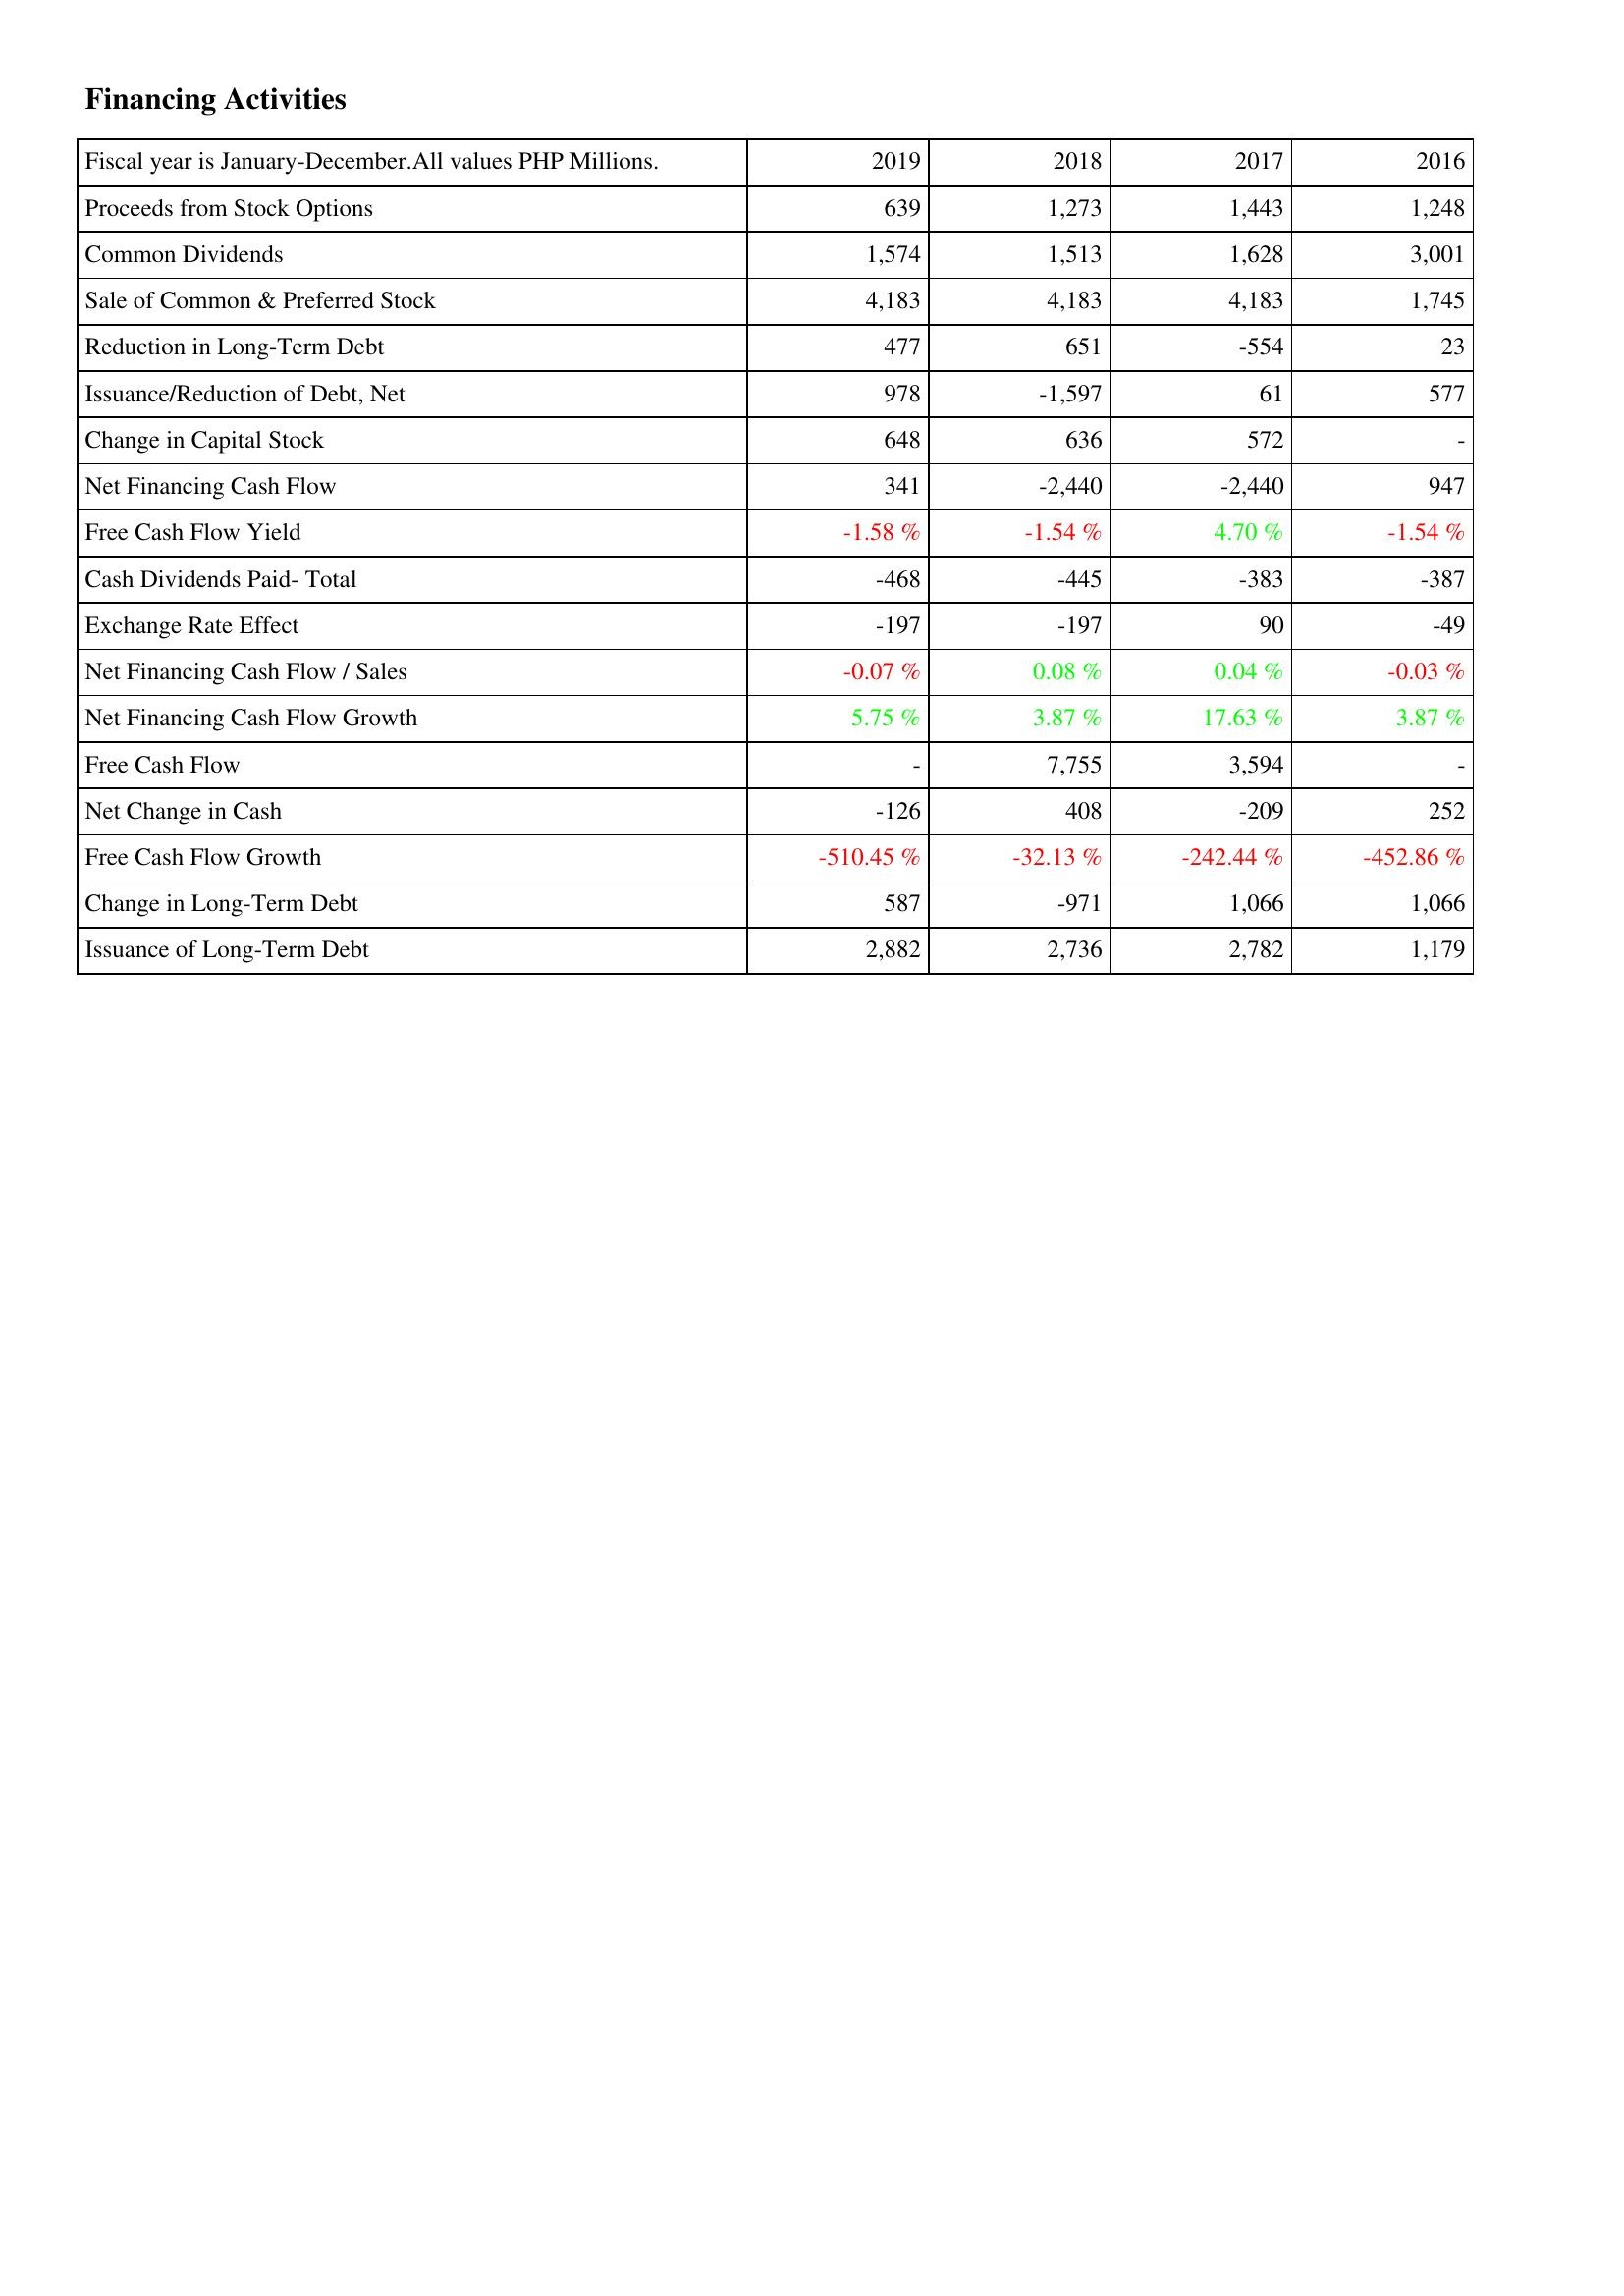
2019: Financing Activities: Proceeds from Stock Options: 639
Common Dividends: 1,574
Sale of Common & Preferred Stock: 4,183
Reduction in Long-Term Debt: 477
Issuance/Reduction of Debt, Net: 978
Change in Capital Stock: 648
Net Financing Cash Flow: 341
Free Cash Flow Yield: -1.58 %
Cash Dividends Paid- Total: -468
Exchange Rate Effect: -197
Net Financing Cash Flow / Sales: -0.07 %
Net Financing Cash Flow Growth: 5.75 %
Free Cash Flow: -
Net Change in Cash: -126
Free Cash Flow Growth: -510.45 %
Change in Long-Term Debt: 587
Issuance of Long-Term Debt: 2,882
2018: Financing Activities: Proceeds from Stock Options: 1,273
Common Dividends: 1,513
Sale of Common & Preferred Stock: 4,183
Reduction in Long-Term Debt: 651
Issuance/Reduction of Debt, Net: -1,597
Change in Capital Stock: 636
Net Financing Cash Flow: -2,440
Free Cash Flow Yield: -1.54 %
Cash Dividends Paid- Total: -445
Exchange Rate Effect: -197
Net Financing Cash Flow / Sales: 0.08 %
Net Financing Cash Flow Growth: 3.87 %
Free Cash Flow: 7,755
Net Change in Cash: 408
Free Cash Flow Growth: -32.13 %
Change in Long-Term Debt: -971
Issuance of Long-Term Debt: 2,736
2017: Financing Activities: Proceeds from Stock Options: 1,443
Common Dividends: 1,628
Sale of Common & Preferred Stock: 4,183
Reduction in Long-Term Debt: -554
Issuance/Reduction of Debt, Net: 61
Change in Capital Stock: 572
Net Financing Cash Flow: -2,440
Free Cash Flow Yield: 4.70 %
Cash Dividends Paid- Total: -383
Exchange Rate Effect: 90
Net Financing Cash Flow / Sales: 0.04 %
Net Financing Cash Flow Growth: 17.63 %
Free Cash Flow: 3,594
Net Change in Cash: -209
Free Cash Flow Growth: -242.44 %
Change in Long-Term Debt: 1,066
Issuance of Long-Term Debt: 2,782
2016: Financing Activities: Proceeds from Stock Options: 1,248
Common Dividends: 3,001
Sale of Common & Preferred Stock: 1,745
Reduction in Long-Term Debt: 23
Issuance/Reduction of Debt, Net: 577
Change in Capital Stock: -
Net Financing Cash Flow: 947
Free Cash Flow Yield: -1.54 %
Cash Dividends Paid- Total: -387
Exchange Rate Effect: -49
Net Financing Cash Flow / Sales: -0.03 %
Net Financing Cash Flow Growth: 3.87 %
Free Cash Flow: -
Net Change in Cash: 252
Free Cash Flow Growth: -452.86 %
Change in Long-Term Debt: 1,066
Issuance of Long-Term Debt: 1,179